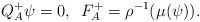
\begin{align*}Q^{+}_{A} \psi = 0, \,\,\, F^+_{A} = \rho^{-1}(\mu(\psi)).\end{align*}